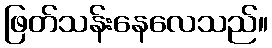
ဖြတ်သန်းနေလေသည်။